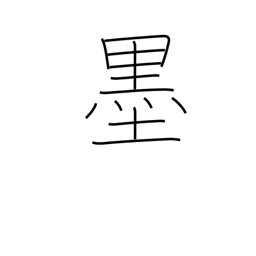
Meaning: Mexico